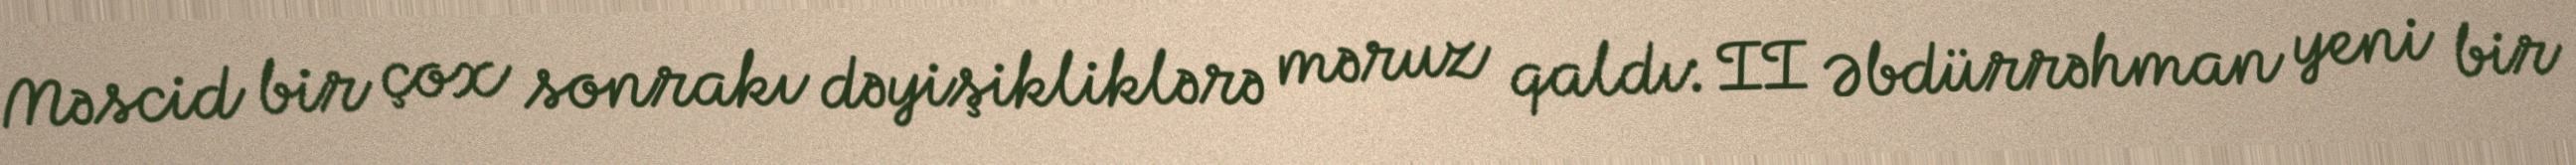
Məscid bir çox sonrakı dəyişikliklərə məruz qaldı: II Əbdürrəhman yeni bir